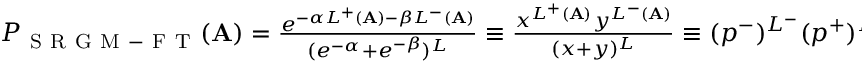
\begin{array} { r } { P _ { \mathrm { ~ S ~ R ~ G ~ M ~ - ~ F ~ T ~ } } ( \mathbf { A } ) = \frac { e ^ { - \alpha L ^ { + } ( \mathbf { A } ) - \beta L ^ { - } ( \mathbf { A } ) } } { ( e ^ { - \alpha } + e ^ { - \beta } ) ^ { L } } \equiv \frac { x ^ { L ^ { + } ( \mathbf { A } ) } y ^ { L ^ { - } ( \mathbf { A } ) } } { ( x + y ) ^ { L } } \equiv ( p ^ { - } ) ^ { L ^ { - } } ( p ^ { + } ) ^ { L ^ { + } } } \end{array}